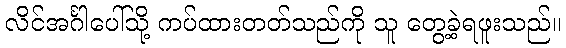
လိင်အင်္ဂါပေါ်သို့ ကပ်ထားတတ်သည်ကို သူ တွေ့ခဲ့ရဖူးသည်။